Problem: 5 + 38 = ?
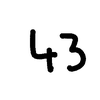
Handwritten answer: 43